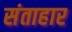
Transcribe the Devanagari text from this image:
संताहार